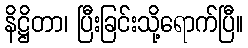
နိဋ္ဌိတာ၊ ပြီးခြင်းသို့ရောက်ပြီ။